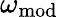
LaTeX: \omega_{\mathrm{mod}}